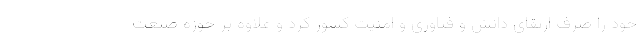
خود را صرف ارتقای دانش و فناوری و امنیت کشور کرد و علاوه بر حوزه صنعت